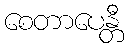
စေတာပေန္တီ